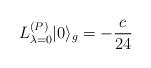
LaTeX: \begin{align*}L_{\lambda =0}^{(P)}|0\rangle _{g}=-\frac{c}{24}\end{align*}